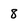
Character: 8